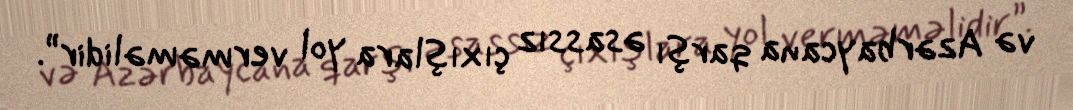
və Azərbaycana qarşı əsassız çıxışlara yol verməməlidir”.